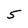
Character: 5